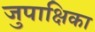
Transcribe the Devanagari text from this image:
जुपाक्षिका